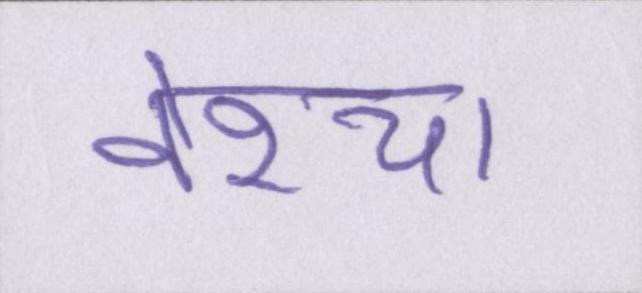
वेश्या